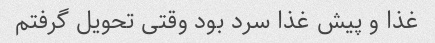
غذا و پیش غذا سرد بود وقتی تحویل گرفتم